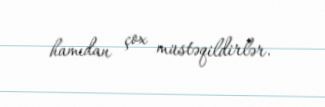
hamıdan çox müstəqildirlər.